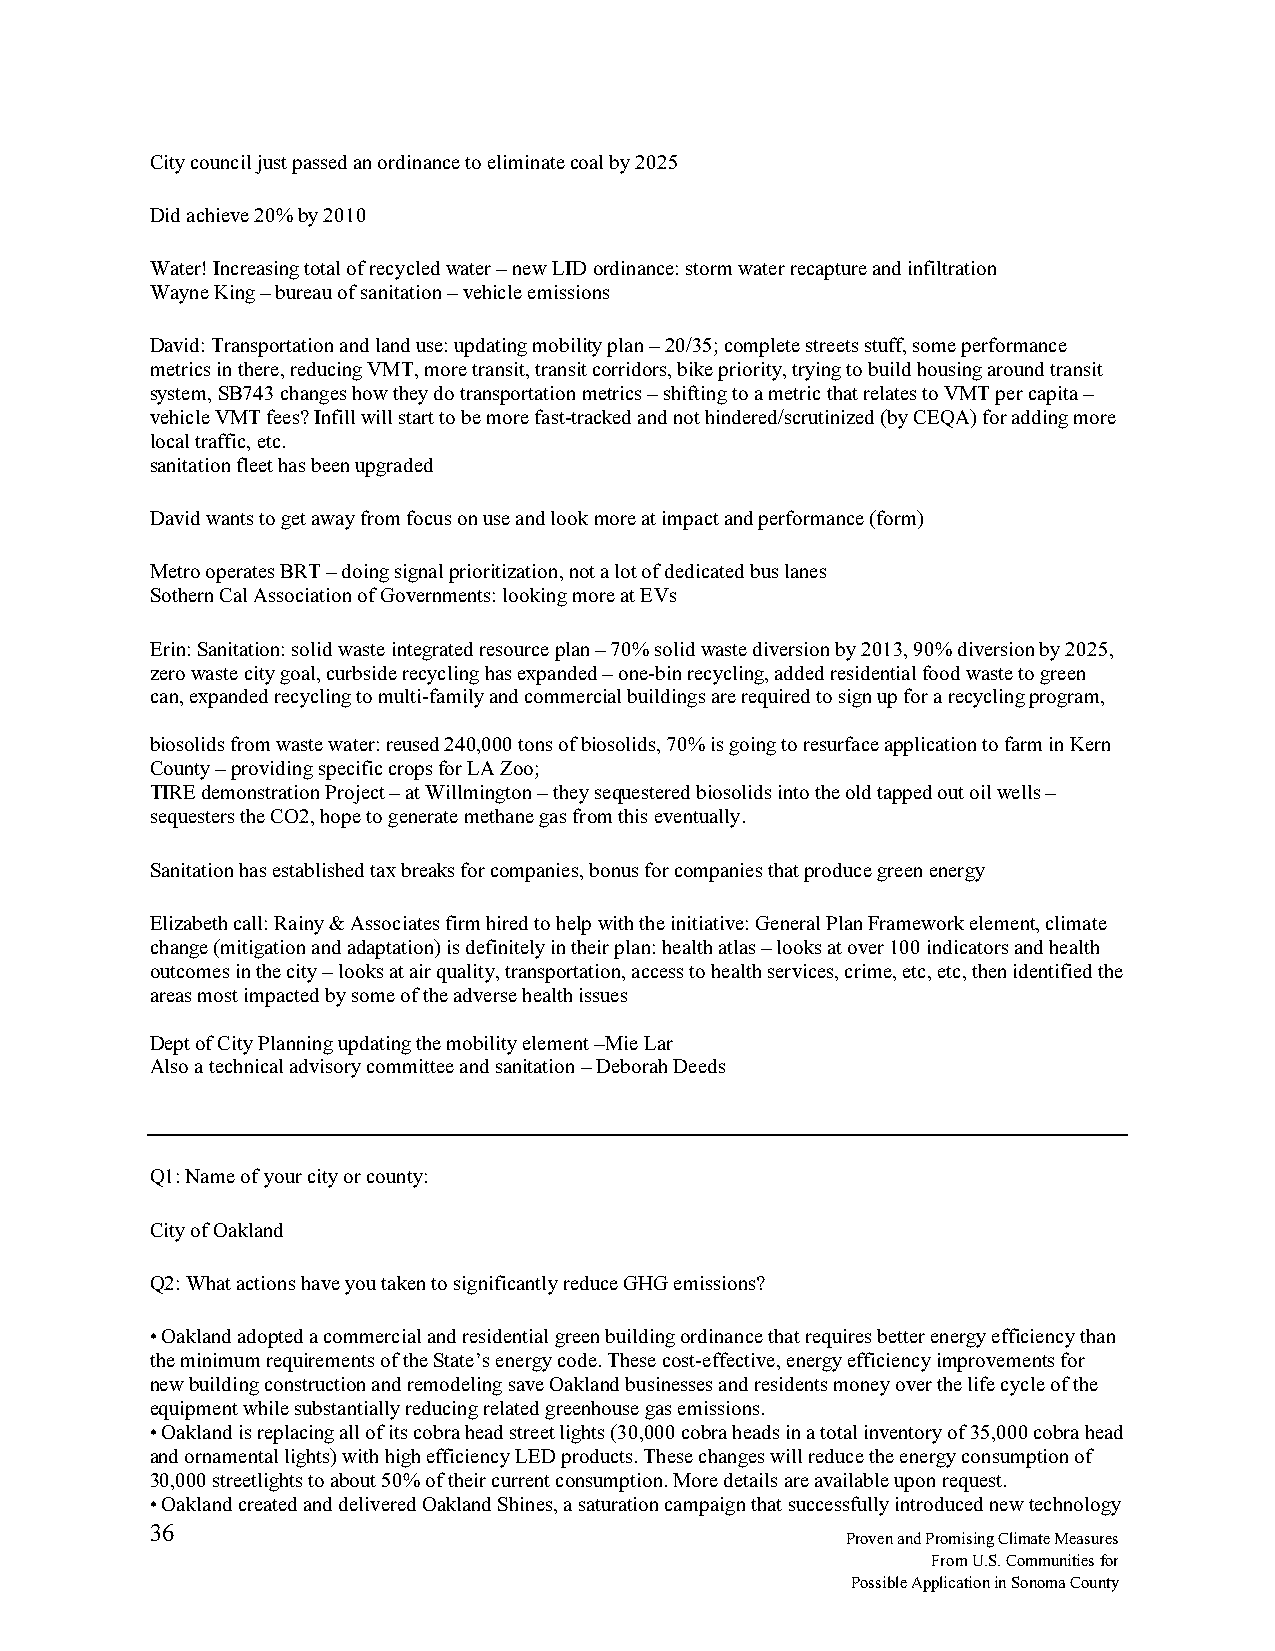
City council just passed an ordinance to eliminate coal by 2025
 Did achieve 20% by 2010
 Water! Increasing total of recycled water – new LID ordinance: storm water recapture and infiltration
 Wayne King – bureau of sanitation – vehicle emissions
 David: Transportation and land use: updating mobility plan – 20/35; complete streets stuff, some performance
 metrics in there, reducing VMT, more transit, transit corridors, bike priority, trying to build housing around transit
 system, SB743 changes how they do transportation metrics – shifting to a metric that relates to VMT per capita –
 vehicle VMT fees? Infill will start to be more fast-tracked and not hindered/scrutinized (by CEQA) for adding more
 local traffic, etc.
 sanitation fleet has been upgraded
 David wants to get away from focus on use and look more at impact and performance (form)
 Metro operates BRT – doing signal prioritization, not a lot of dedicated bus lanes
 Sothern Cal Association of Governments: looking more at EVs
 Erin: Sanitation: solid waste integrated resource plan – 70% solid waste diversion by 2013, 90% diversion by 2025,
 zero waste city goal, curbside recycling has expanded – one-bin recycling, added residential food waste to green
 can, expanded recycling to multi-family and commercial buildings are required to sign up for a recycling program,
 biosolids from waste water: reused 240,000 tons of biosolids, 70% is going to resurface application to farm in Kern
 County – providing specific crops for LA Zoo;
 TIRE demonstration Project – at Willmington – they sequestered biosolids into the old tapped out oil wells –
 sequesters the CO2, hope to generate methane gas from this eventually.
 Sanitation has established tax breaks for companies, bonus for companies that produce green energy
 Elizabeth call: Rainy & Associates firm hired to help with the initiative: General Plan Framework element, climate
 change (mitigation and adaptation) is definitely in their plan: health atlas – looks at over 100 indicators and health
 outcomes in the city – looks at air quality, transportation, access to health services, crime, etc, etc, then identified the
 areas most impacted by some of the adverse health issues
 Dept of City Planning updating the mobility element –Mie Lar
 Also a technical advisory committee and sanitation – Deborah Deeds
 Q1: Name of your city or county:
 City of Oakland
 Q2: What actions have you taken to significantly reduce GHG emissions?
 • Oakland adopted a commercial and residential green building ordinance that requires better energy efficiency than
 the minimum requirements of the State’s energy code. These cost-effective, energy efficiency improvements for
 new building construction and remodeling save Oakland businesses and residents money over the life cycle of the
 equipment while substantially reducing related greenhouse gas emissions.
 • Oakland is replacing all of its cobra head street lights (30,000 cobra heads in a total inventory of 35,000 cobra head
 and ornamental lights) with high efficiency LED products. These changes will reduce the energy consumption of
 30,000 streetlights to about 50% of their current consumption. More details are available upon request.
 • Oakland created and delivered Oakland Shines, a saturation campaign that successfully introduced new technology
 36
 Proven and Promising Climate Measures
 From U.S. Communities for
 Possible Application in Sonoma County